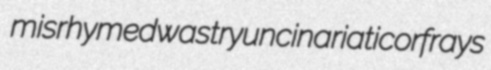
misrhymed wastry uncinariatic orfrays